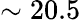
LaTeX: \sim 20.5